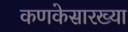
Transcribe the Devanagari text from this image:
कणकेसारख्या